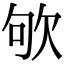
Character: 欨